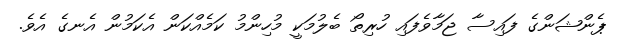
ޕެންޝަންގެ ފައިސާ ޖަމާވެފައި ހުރިތޯ ބެލުމަކީ މުހިންމު ކަމެއްކަން އެކަމުން އެނގެ އެވެ.